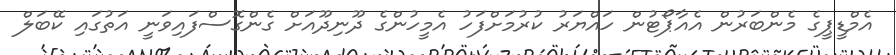
އެމްޑީޕީގެ މެންބަރުން އެއާޕޯޓުން ހައްޔަރު ކުރުމަށްފަހު އެމީހުންގެ ދޫނިދޫއަށް ގެންގޮސްފައިވަނީ އަތުގައި ކޭބަލް